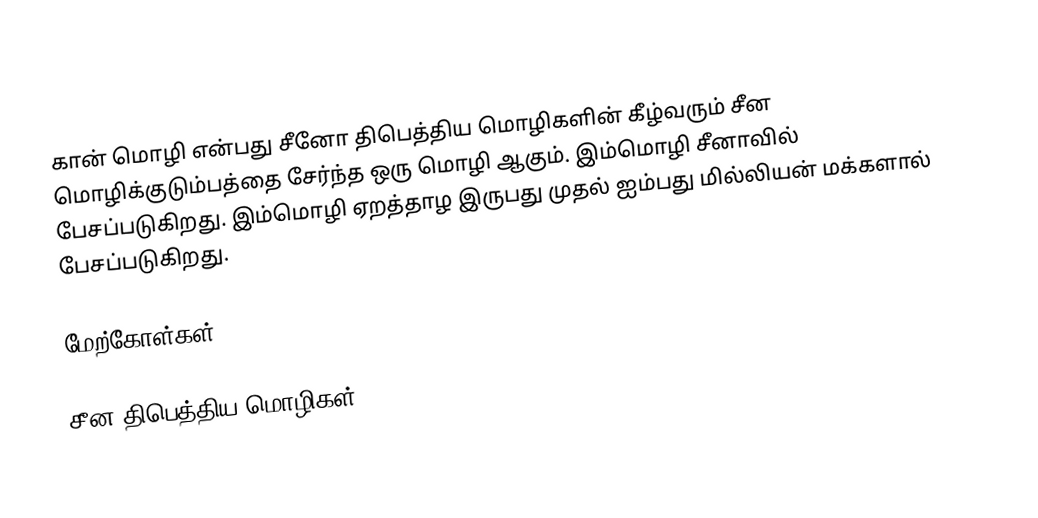
கான் மொழி என்பது சீனோ திபெத்திய மொழிகளின் கீழ்வரும் சீன மொழிக்குடும்பத்தை சேர்ந்த ஒரு மொழி ஆகும். இம்மொழி சீனாவில் பேசப்படுகிறது. இம்மொழி ஏறத்தாழ இருபது முதல் ஐம்பது மில்லியன் மக்களால் பேசப்படுகிறது.

மேற்கோள்கள்

சீன-திபெத்திய மொழிகள்